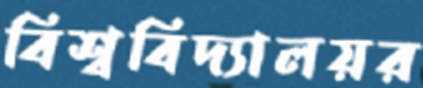
বিশ্ববিদ্যালয়র